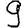
Digit: 9